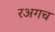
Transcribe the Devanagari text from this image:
रअगच